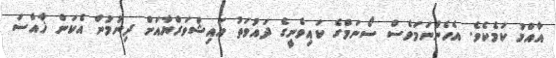
އާއްމު ކަމެކެވެ. އެހެންނަމަވެސް ސޯނަމްގެ ކައިވެނީގެ ދައުވަތު އައިޝްވަރްޔާއަށް ދިނުމުން އެކަން ޚާއްސަ